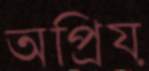
অপ্রিয়